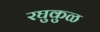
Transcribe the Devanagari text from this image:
रघुकुळ